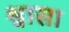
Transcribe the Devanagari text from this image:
श्वासा